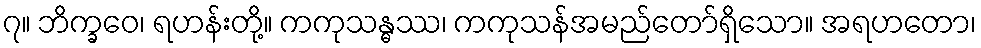
၇။ ဘိက္ခဝေ၊ ရဟန်းတို့။ ကကုသန္ဓဿ၊ ကကုသန်အမည်တော်ရှိသော။ အရဟတော၊